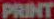
PRINT